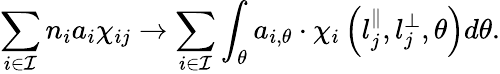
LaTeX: \sum_{i\in\mathcal{I}}{n_{i}a_{i}\chi_{ij}}\rightarrow\sum_{i\in\mathcal{I}}\int_{\theta}{a_{i,\theta}\cdot\chi_{i}\left(l_{j}^{\parallel},l_{j}^{\perp},\theta\right)d\theta}.